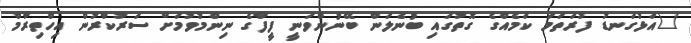
"އަޅުގަނޑު ފުރަތަމަ ކަމެއްގެ ގޮތުގައި ބުނެލަން ބޭނުންވަނީ ފީފާގެ ނިންމުވުމަށް ސަރުކާރުން އިހްތިރާމް